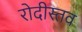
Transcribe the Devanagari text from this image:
रोदीस्तव